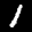
Label: 1